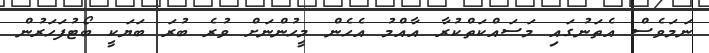
ނަމަވެސް އެތަނުގައި މަސައްކަތްކުރާ އާއްމު އެހެން މީހުންނަށް ވުރެ ބުރަ ބަޔަކީ ބޯޓުފަހަރުން